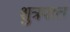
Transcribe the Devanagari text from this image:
शुत्रपात